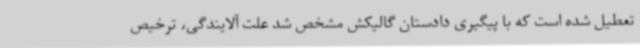
تعطیل شده است که با پیگیری دادستان گالیکش مشخص شد علت آلایندگی، ترخیص